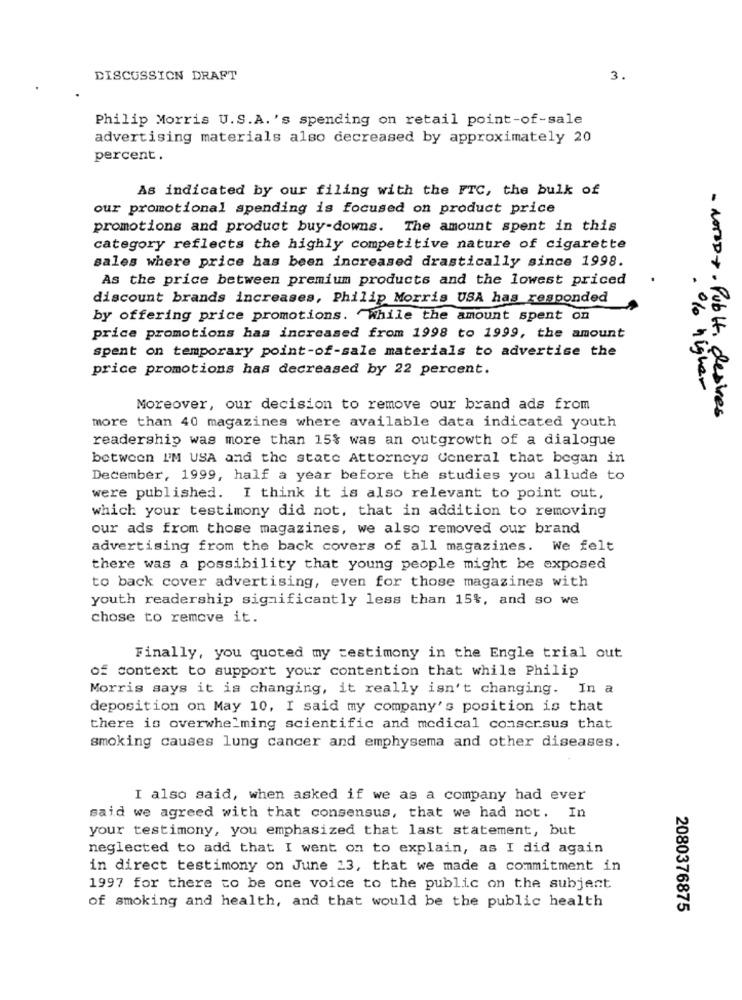
DISCUSSION DRAFT
3.
Philip Morris U.S.A.'s spending on retail point-of-sale
advertising materials also decreased by approximately 20
percent.
As indicated by our filing with the FTC, the bulk of
our promotional spending is focused on product price
promotions and product buy-downs. The amount spent in this
category reflects the highly competitive nature of cigarette
sales where price has been increased drastically since 1998.
As the price between premium products and the lowest priced
discount brands increases, Philip Morris USA has responded
by offering price promotions. While the amount spent on
price promotions has increased from 1998 to 1999, the amount
spent on temporary point-of-sale materials to advertise the
price promotions has decreased by 22 percent.
Moreover, our decision to remove our brand ads from
more than 40 magazines where available data indicated youth
higher
· NOTOD+· PubHt, desires
readership was more than 15% was an outgrowth of a dialogue
between I'M USA and the state Attorneys General that began in
December, 1999, half a year before the studies you allude to
were published. I think it is also relevant to point out,
which your testimony did not, that in addition to removing
our ads from those magazines, we also removed our brand
advertising from the back covers of all magazines. We felt
there was a possibility that young people might be exposed
to back cover advertising, even for those magazines with
youth readership significantly less than 15%, and so we
chose to remove it.
Finally, you quoted my testimony in the Engle trial out
of context to support your contention that while Philip
Morris says it is changing, it really isn't changing. In a
deposition on May 10, I said my company's position is that
there is overwhelming scientific and medical consersus that
smoking causes lung cancer and emphysema and other diseases.
I also said, when asked if we as a company had ever
said we agreed with that consensus, that we had not. In
your testimony, you emphasized that last statement, but
neglected to add that I went on to explain, as I did again
in direct testimony on June 23, that we made a commitment in
1997 for there to be one voice to the public on the subject
of smoking and health, and that would be the public health
2080376875